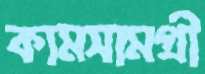
কামসামগ্রী